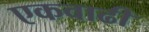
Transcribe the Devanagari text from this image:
एकवाढी